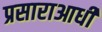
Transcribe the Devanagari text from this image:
प्रसाराआधी